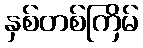
နှစ်တစ်ကြိမ်